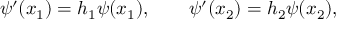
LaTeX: \psi ^ { \prime } ( x _ { 1 } ) = h _ { 1 } \psi ( x _ { 1 } ) , \qquad \psi ^ { \prime } ( x _ { 2 } ) = h _ { 2 } \psi ( x _ { 2 } ) ,